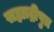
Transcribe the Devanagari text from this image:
सह्याद्रीपुत्र